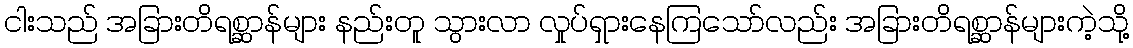
ငါးသည် အခြားတိရစ္ဆာန်များ နည်းတူ သွားလာ လှုပ်ရှားနေကြသော်လည်း အခြားတိရစ္ဆာန်များကဲ့သို့